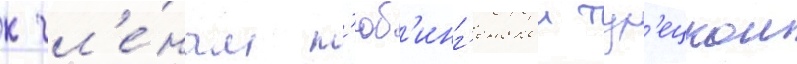
к чл'е́нам т'юб'инг'енскои тур'ецкои